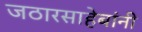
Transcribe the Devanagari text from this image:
जठारसाहेबांनी